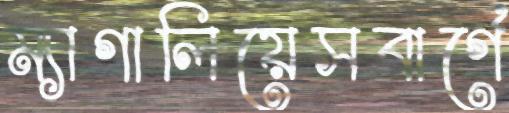
ম্যাগালিয়েসবার্গে